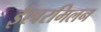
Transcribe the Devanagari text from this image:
ईश्वरमिलन